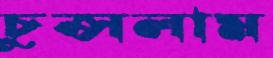
চুপ্‌সলাম